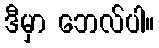
ဒီမှာ ဘေလ်ပါ။